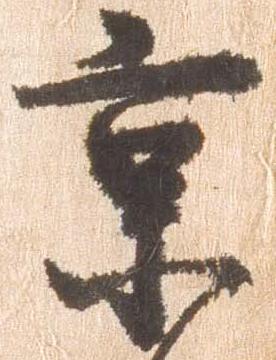
京